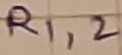
Text: R1,2